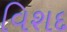
વિશદ